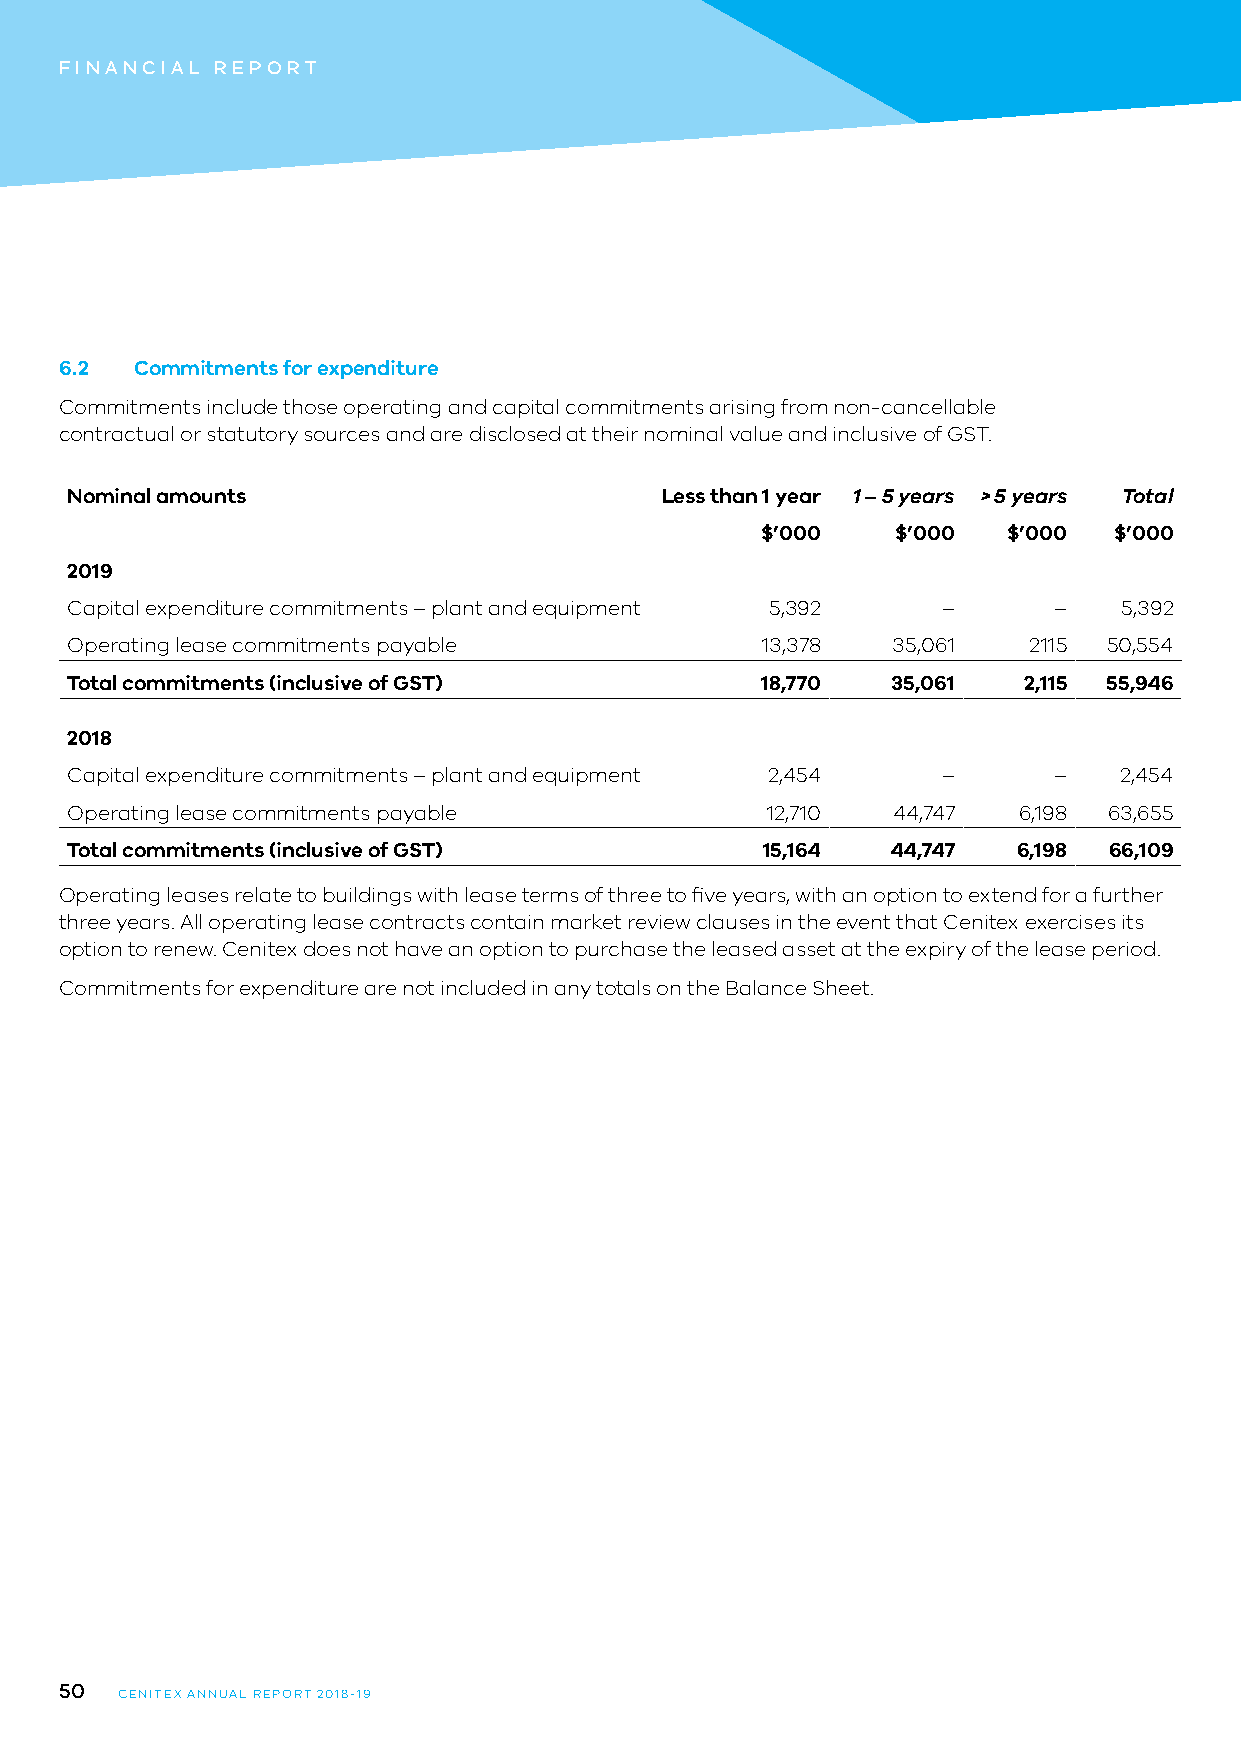
FINANCIAL REPORT
 6.2  Commitments for expenditure
 Commitments include those operating and capital commitments arising from non-cancellable
 contractual or statutory sources and are disclosed at their nominal value and inclusive of GST.
 Nominal amounts                         Less than 1 year 1 – 5 years > 5 years Total
 $’000    $’000   $’000  $’000
 2019
 Capital expenditure commitments – plant and equipment 5,392 –     –   5,392
 Operating lease commitments payable           13,378   35,061   2115 50,554
 Total commitments (inclusive of GST)          18,770   35,061   2,115 55,946
 2018
 Capital expenditure commitments – plant and equipment 2,454 –     –   2,454
 Operating lease commitments payable            12,710  44,747  6,198 63,655
 Total commitments (inclusive of GST)          15,164   44,747  6,198 66,109
 Operating leases relate to buildings with lease terms of three to five years, with an option to extend for a further
 three years. All operating lease contracts contain market review clauses in the event that Cenitex exercises its
 option to renew. Cenitex does not have an option to purchase the leased asset at the expiry of the lease period.
 Commitments for expenditure are not included in any totals on the Balance Sheet.
 50
 CENITEX ANNUAL REPORT 2018-19